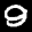
Label: 9